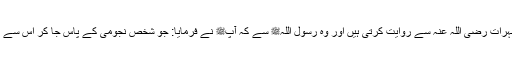
1496: سیدہ صفیہ بنت ابی عبید رسول اللہﷺ کی بعض ازواج مطہرات رضی اللہ عنہ سے روایت کرتی ہیں اور وہ رسول اللہﷺ سے کہ آپﷺ نے فرمایا: جو شخص نجومی کے پاس جا کر اس سے کوئی بات پوچھے ، تو چالیس دن تک اس کی نماز قبول نہ ہو گی۔